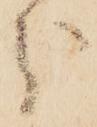
分